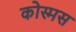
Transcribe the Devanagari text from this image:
कोस्मस